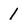
Character: 1